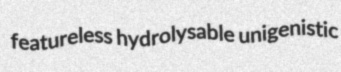
featureless hydrolysable unigenistic